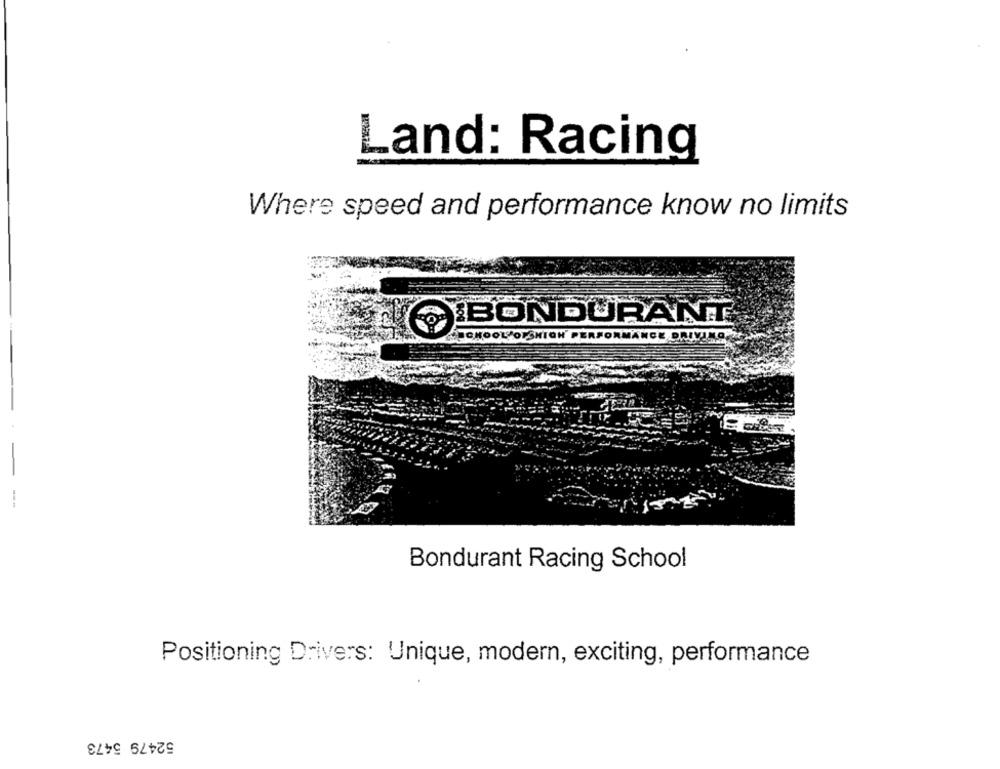
Land: Racing
Where speed and performance know no limits
BONDURANT
FORMANCE DRIV
--
Bondurant Racing School
Positioning Drivers: Unique, modern, exciting, performance
52479 5473